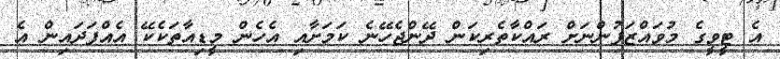
އެ ޓީވީގެ މުވައްޒަފުންނަށް ރައްކާތެރިކަން ދޭންޖެހޭނެ ކަމަށާއި އެހެން މީޑިއާތަކެކޭ އެއްފަދައިން އެ